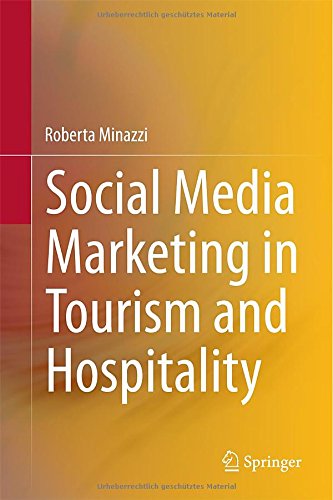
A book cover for Social Media Marketing in Tourism and Hospitality; Roberta Minazzi; Business & Money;